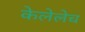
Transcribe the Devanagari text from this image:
केलेलेच